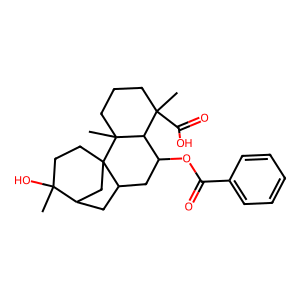
SMILES: CC1(O)CCC23CC1CC2CC(OC(=O)c1ccccc1)C1C(C)(C(=O)O)CCCC13C
Inhibits HIV replication: No